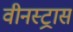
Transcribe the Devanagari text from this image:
वीनस्ट्रास